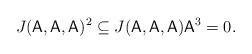
LaTeX: \begin{align*} J(\mathsf{A},\mathsf{A},\mathsf{A})^{2}\subseteq J(\mathsf{A},\mathsf{A},\mathsf{A})\mathsf{A}^{3}=0.\end{align*}